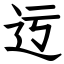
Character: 迃